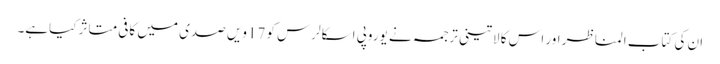
ان کی کتاب المناظر اور اس کا لاتینی ترجمہ نے یوروپی اسکالرس کو 17ویں صدی میں کافی متاثر کیاہے۔